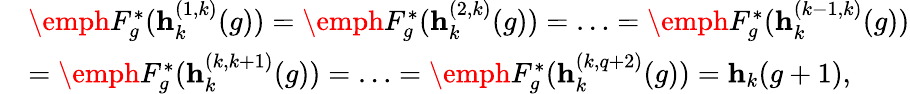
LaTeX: \begin{array}{rl}&{\emph{F}_{g}^{*}(\textbf{h}_{k}^{(1,k)}(g))=\emph{F}_{g}^{*}(\textbf{h}_{k}^{(2,k)}(g))=\ldots=\emph{F}_{g}^{*}(\textbf{h}_{k}^{(k-1,k)}(g))}\\ &{=\emph{F}_{g}^{*}(\textbf{h}_{k}^{(k,k+1)}(g))=\ldots=\emph{F}_{g}^{*}(\textbf{h}_{k}^{(k,q+2)}(g))=\textbf{h}_{k}(g+1),}\end{array}